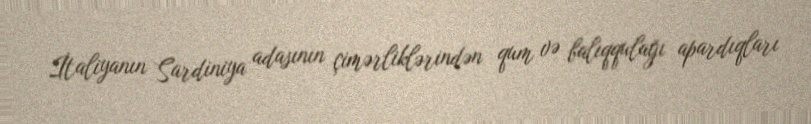
İtaliyanın Sardiniya adasının çimərliklərindən qum və balıqqulağı apardıqları